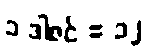
၁ ဒါဇင် = ၁၂